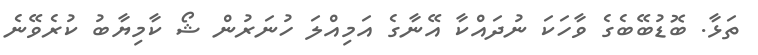
ތަޅާ. ބޮޑުބޭބެގެ ވާހަކަ ނުދައްކާ އޭނާގެ އަމިއްލަ ހުނަރުން ޝޯ ކާމިޔާބު ކުރެވޭނެ